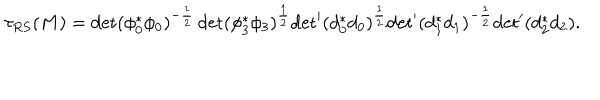
\tau _ { R S } ( M ) = \det ( \phi _ { 0 } ^ { * } \phi _ { 0 } ) ^ { - \frac { 1 } { 2 } } \det ( \phi _ { 3 } ^ { * } \phi _ { 3 } ) ^ { \frac { 1 } { 2 } } { \det } ^ { \prime } ( d _ { 0 } ^ { * } d _ { 0 } ) ^ { \frac { 1 } { 2 } } { \det } ^ { \prime } ( d _ { 1 } ^ { * } d _ { 1 } ) ^ { - \frac { 1 } { 2 } } { \det } ^ { \prime } ( d _ { 2 } ^ { * } d _ { 2 } ) .